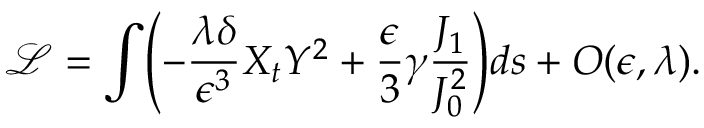
\mathcal { L } = \int \Biggl ( - \frac { \lambda \delta } { \epsilon ^ { 3 } } X _ { t } Y ^ { 2 } + \frac { \epsilon } { 3 } \gamma \frac { J _ { 1 } } { J _ { 0 } ^ { 2 } } \Biggr ) d s + O ( \epsilon , \lambda ) .